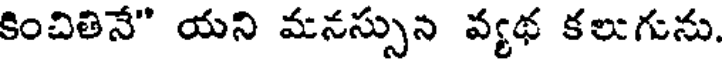
కించితినే" యని మనస్సున వ్యథ కలుగును.